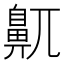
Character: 鼿